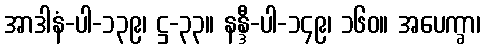
အာဒါနံ-ပါ-၁၃၉၊ ဋ္ဌ-၃၃။ နန္ဒီ-ပါ-၁၄၉၊ ၁၆၀။ အပေက္ခာ၊